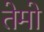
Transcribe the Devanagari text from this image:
तेमो